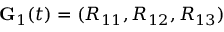
{ \bf G } _ { 1 } ( t ) = ( R _ { 1 1 } , R _ { 1 2 } , R _ { 1 3 } )